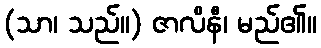
(သာ၊ သည်။) ဇာလိနီ၊ မည်၏။